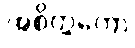
အစိတ္တကော